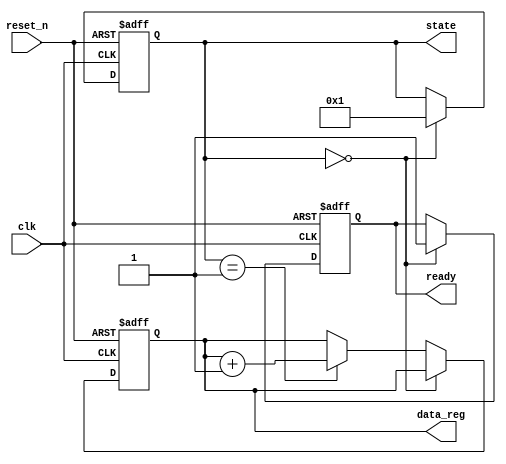
module initialization_example (
    input wire clk,
    input wire reset_n,  // Active low reset signal
    output reg [7:0] data_reg,
    output reg [3:0] state,
    output reg ready
);

// State encoding
localparam [3:0] IDLE   = 4'b0000;
localparam [3:0] RUN    = 4'b0001;

// Initialization Block
always @ (posedge clk or negedge reset_n) begin
    if (!reset_n) begin
        // Reset condition
        data_reg <= 8'b00000000;   // Initialize data register to zero
        state <= IDLE;             // Set state to IDLE
        ready <= 1'b0;             // Initialize ready signal to low
    end else begin
        // Main operational code can go here
        // Example operation: set ready to high after state transition
        if (state == IDLE) begin
            ready <= 1'b1;         // Set ready flag when in IDLE
            state <= RUN;          // Transition to RUN state
        end else if (state == RUN) begin
            // Perform operations in RUN state
            data_reg <= data_reg + 1'b1; // Example operation: increment data_reg
        end
    end
end

endmodule